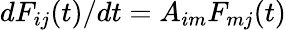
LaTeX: dF_{ij}(t)/dt=A_{im}F_{mj}(t)